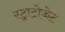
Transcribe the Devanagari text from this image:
स्ट्राटोजेट